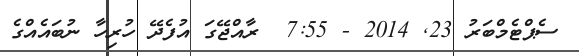
ސެޕްޓެމްބަރު 23